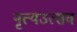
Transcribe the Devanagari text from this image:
नृत्यउत्सव